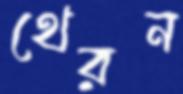
থেরন